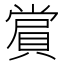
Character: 𮚑